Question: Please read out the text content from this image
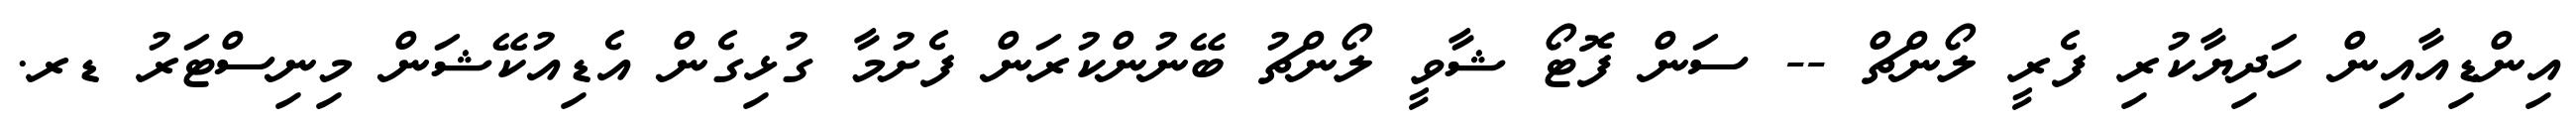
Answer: އިންޑިއާއިން ހަދިޔާކުރި ފެރީ ލޯންޗް -- ސަން ފޮޓޯ ޝާވީ ލޯންޗު ބޭނުންކުރަން ފެށުމާ ގުޅިގެން އެޑިއުކޭޝަން މިނިސްޓަރު ޑރ.